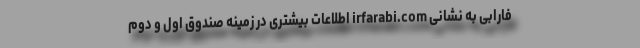
فارابی به نشانی irfarabi.com اطلاعات بیشتری در زمینه صندوق اول و دوم